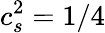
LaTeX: c_{s}^{2}=1/4